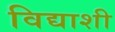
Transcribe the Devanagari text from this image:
विद्याशी